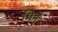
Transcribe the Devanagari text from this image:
मिन्‌